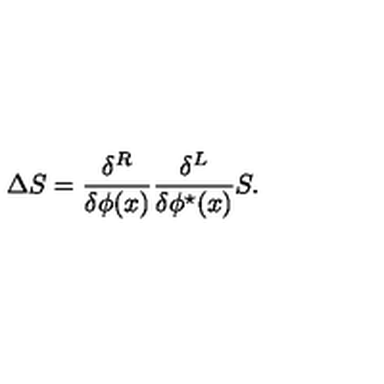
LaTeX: \Delta S = \frac { \delta ^ { R } } { \delta \phi ( x ) } \frac { \delta ^ { L } } { \delta \phi ^ { \star } ( x ) } S .